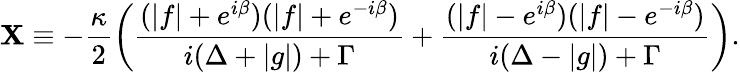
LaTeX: \mathbf{X}\equiv-\frac{{\kappa}}{{2}}\left(\frac{{(|f|+e^{i\beta})(|f|+e^{-i\beta})}}{{i(\Delta+|g|)+\Gamma}}+\frac{{(|f|-e^{i\beta})(|f|-e^{-i\beta})}}{{i(\Delta-|g|)+\Gamma}}\right).